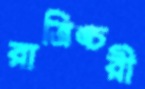
রাত্রিঙ্চরী